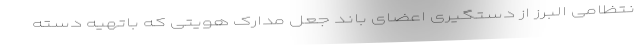
نتظامی البرز از دستگیری اعضای باند جعل مدارک هویتی که باتهیه دسته